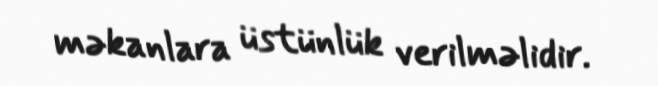
məkanlara üstünlük verilməlidir.